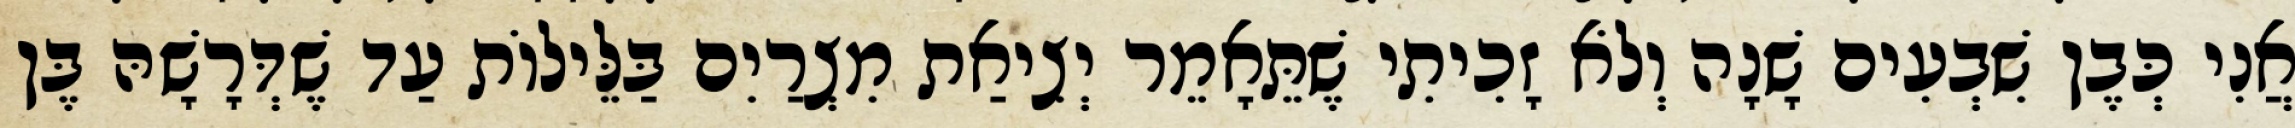
אֲנִי כְּבֶן שִׁבְעִים שָׁנָה וְלֹא זָכִיתִי שֶׁתֵּאָמֵר יְצִיאַת מִצְרַיִם בַּלֵּילוֹת עַד שֶׁדְּרָשָׁהּ בֶּן